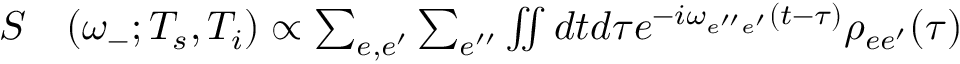
\begin{array} { r l } { S } & { { } ( \omega _ { - } ; T _ { s } , T _ { i } ) \propto \sum _ { e , e ^ { \prime } } \sum _ { e ^ { \prime \prime } } \iint d t d \tau e ^ { - i \omega _ { e ^ { \prime \prime } e ^ { \prime } } ( t - \tau ) } \rho _ { e e ^ { \prime } } ( \tau ) } \end{array}